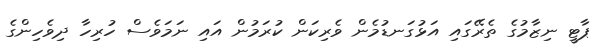
ޕާޓީ ނިޒާމުގެ ތެރޭގައި އަޅުގަނޑުމެން ވެރިކަން ކުރަމުން އައި ނަމަވެސް ހުރިހާ ދިވެހިންގެ